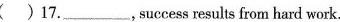
( )17.\underline ,success results from hard work.